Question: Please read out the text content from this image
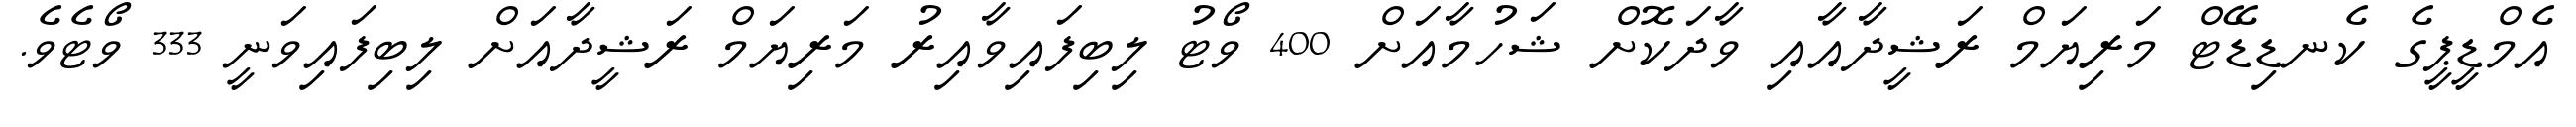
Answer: އެމްޑީޕީގެ ކެނޑިޑޭޓް މަރިޔަމް ރަޝީދާއާއި ވާދަކޮށް ޝަހުމާއަށް 400 ވޯޓު ލިބިފައިވާއިރު މަރިޔަމް ރަޝީދާއަށް ލިބިފައިވަނީ 333 ވޯޓެވެ.